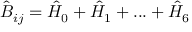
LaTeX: { \hat { B } } _ { i j } = { \hat { H } } _ { 0 } + { \hat { H } } _ { 1 } + . . . + { \hat { H } } _ { 6 }